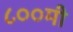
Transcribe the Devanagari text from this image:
८००मी